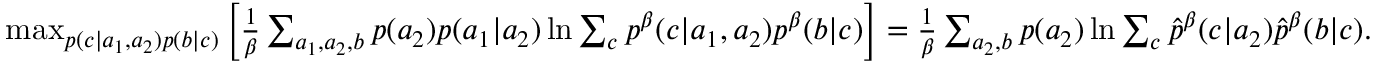
\begin{array} { r } { \operatorname* { m a x } _ { p ( c | a _ { 1 } , a _ { 2 } ) p ( b | c ) } \left[ { \frac { 1 } { \beta } \sum _ { a _ { 1 } , a _ { 2 } , b } p ( a _ { 2 } ) p ( a _ { 1 } | a _ { 2 } ) \ln { \sum _ { c } p ^ { \beta } ( c | a _ { 1 } , a _ { 2 } ) p ^ { \beta } ( b | c ) } } \right] = \frac { 1 } { \beta } \sum _ { a _ { 2 } , b } p ( a _ { 2 } ) \ln { \sum _ { c } \hat { p } ^ { \beta } ( c | a _ { 2 } ) \hat { p } ^ { \beta } ( b | c ) } . } \end{array}